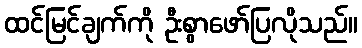
ထင်မြင်ချက်ကို ဦးစွာဖော်ပြလိုသည်။